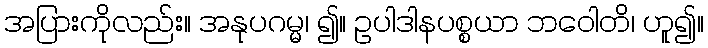
အပြားကိုလည်း။ အနုပဂမ္မ၊ ၍။ ဥပါဒါနပစ္စယာ ဘဝေါတိ၊ ဟူ၍။